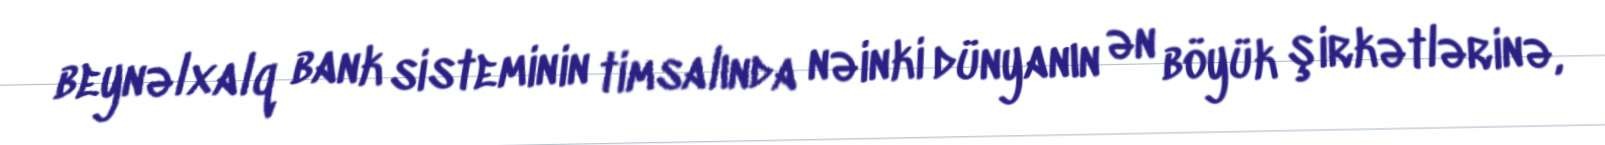
beynəlxalq bank sisteminin timsalında nəinki dünyanın ən böyük şirkətlərinə,